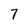
Character: 7